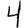
Digit: 4